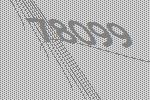
78099